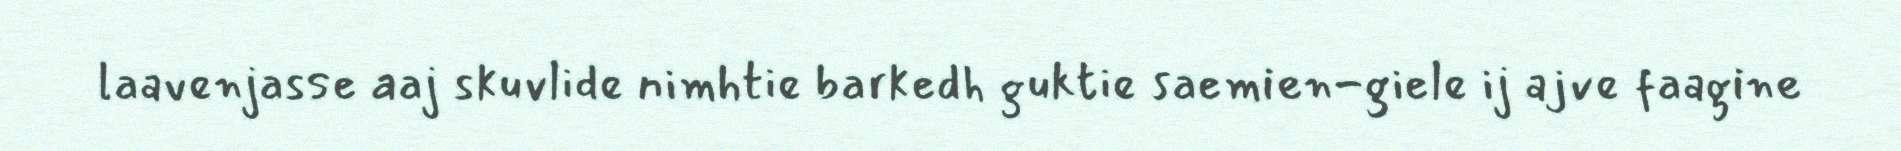
laavenjasse aaj skuvlide nimhtie barkedh guktie saemien-giele ij ajve faagine